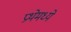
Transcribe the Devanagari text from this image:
प्रथेमध्ये